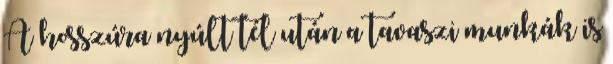
A hosszúra nyúlt tél után a tavaszi munkák is